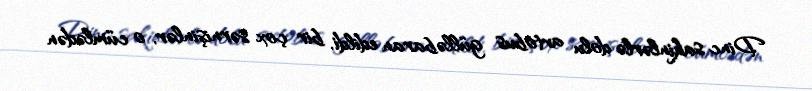
Dinc sakinlərlə dolu avtobus gülləbaran edildi, bir çox sərnişinlər, o cümlədən